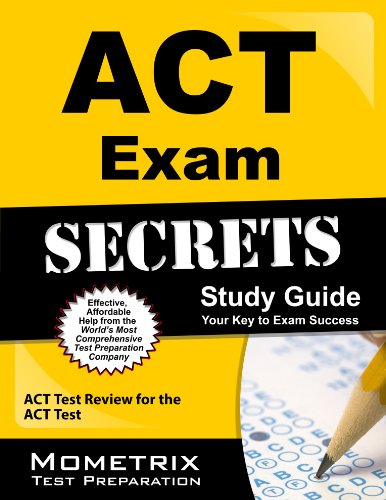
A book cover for ACT Exam Secrets Study Guide: ACT Test Review for the ACT Test; ACT Exam Secrets Test Prep Team; Test Preparation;